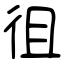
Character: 徂